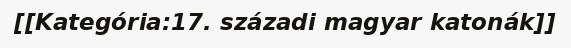
[[Kategória:17. századi magyar katonák]]